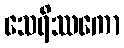
သေရိဿကော